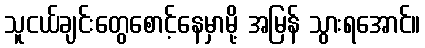
သူငယ်ချင်းတွေစောင့်နေမှာမို့ အမြန် သွားရအောင်။